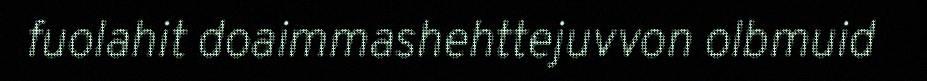
fuolahit doaimmashehttejuvvon olbmuid